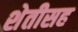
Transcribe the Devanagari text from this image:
शेतीसह